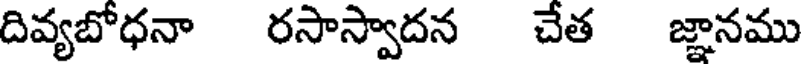
దివ్యబోధనా రసాస్వాదన చేత జ్ఞానము